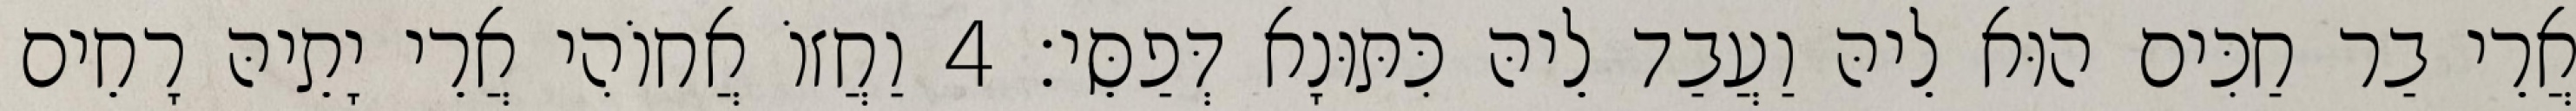
אֲרֵי בַר חַכִּים הוּא לֵיהּ וַעֲבַד לֵיהּ כִּתּוּנָא דְּפַסֵּי׃ 4 וַחֲזוֹ אֲחוֹהִי אֲרֵי יָתֵיהּ רָחֵים